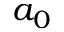
a _ { 0 }